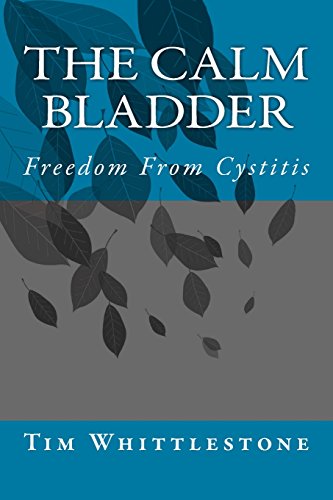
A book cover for The Calm Bladder: Freedom From Cystitis; Dr Tim Whittlestone; Health, Fitness & Dieting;